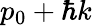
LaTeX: p_{0}+\hbar k